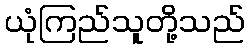
ယုံကြည်သူတို့သည်